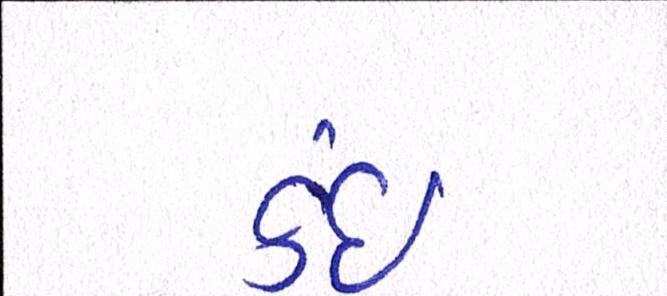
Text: કંઈ